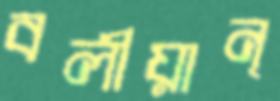
বলীয়ান্‌